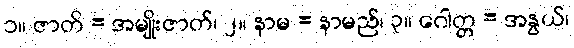
၁။ ဇာတိ = အမျိုးဇာတ်၊ ၂။ နာမ = နာမည်၊ ၃။ ဂေါတ္တ = အနွယ်၊